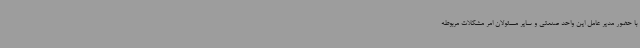
با حضور مدیر عامل این واحد صنعتی و سایر مسئولان امر مشکلات مربوطه